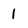
Character: I